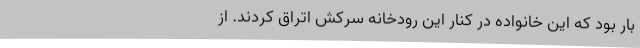
‌بار بود که این خانواده در کنار این رودخانه سرکش اتراق کردند. از